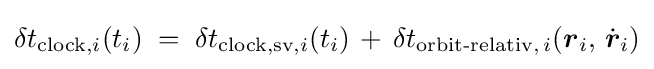
\displaystyle \delta t_{{\text{clock}},i}(t_{i})\;=\;\delta t_{{\text{clock,sv}},i}(t_{i})\,+\,\delta t_{{\text{orbit-relativ}},\,i}({\boldsymbol {r}}_{i},\,{\dot {\boldsymbol {r}}}_{i})